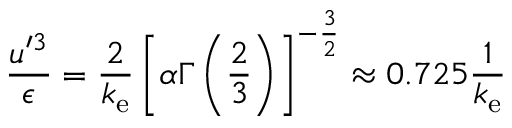
\frac { u ^ { \prime 3 } } { \epsilon } = \frac { 2 } { k _ { \mathrm { e } } } \left[ \alpha \Gamma \left( \frac { 2 } { 3 } \right) \right] ^ { - \frac { 3 } { 2 } } \approx 0 . 7 2 5 \frac { 1 } { k _ { \mathrm { e } } }